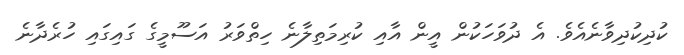
ކުދިކުދިވާނެއެވެ. އެ ދުވަހަކުން އީން އާއި ކުރިމަތިލާނެ ހިތްވަރު އަސޫމީގެ ގައިގައި ހުރެދާނެ